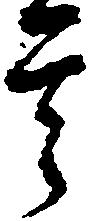
其